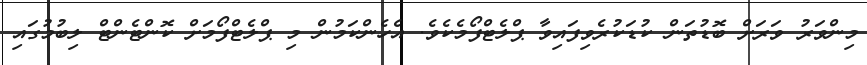
މިންވަރު ވަރަށް ބޮޑުތަން ކުޑަކުރެވިފައިވާ ޕްލެޓްފޯމެކެވެ. އެހެންކަމުން މި ޕްލެޓްފޯމަށް ކޮންޓެންޓް ލިބުމުގައި